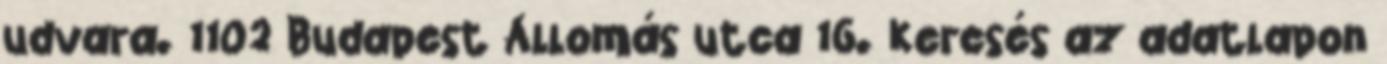
udvara. 1102 Budapest Állomás utca 16. Keresés az adatlapon